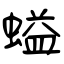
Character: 螠